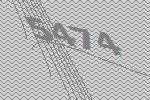
5474